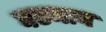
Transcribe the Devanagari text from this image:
घटमान